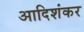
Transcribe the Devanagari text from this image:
आदिशंकर